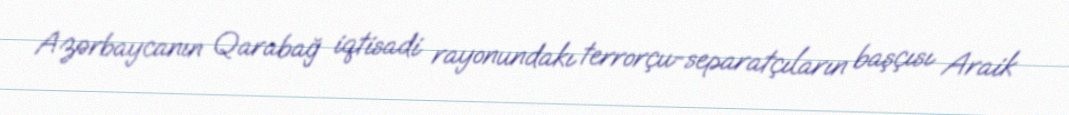
Azərbaycanın Qarabağ iqtisadi rayonundakı terrorçu-separatçıların başçısı Araik